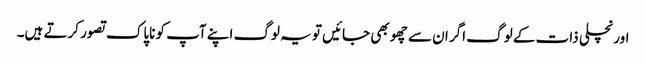
اور نچلی ذات کے لوگ اگر ان سے چھو بھی جائیں تو یہ لوگ اپنے آپ کو ناپاک تصور کرتے ہیں۔